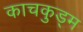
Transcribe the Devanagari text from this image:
काचकुड्म